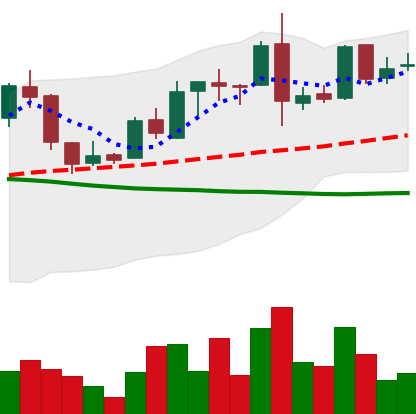
Ticker: LTC-USD
Chart end date: 2015-12-18
Forward return: -4.762%
Label: down_3_5